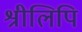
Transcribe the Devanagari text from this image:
श्रीलिपि